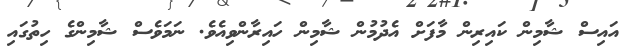
އައިސް ޝާމިން ކައިރިން މާފަށް އެދުމުން ޝާމިން ހައިރާންވިއެވެ. ނަމަވެސް ޝާމިންގެ ހިތުގައި